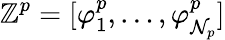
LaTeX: \mathbb{Z}^{p}=[\varphi_{1}^{p},\dots,\varphi_{\mathcal{N}_{p}}^{p}]